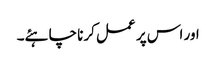
اور اس پر عمل کرنا چاہئے۔